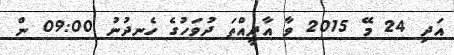
އަދި 24 މޭ 2015 ވާ އާދީއްތަ ދުވަހުގެ ހެނދުނު 09:00 ން